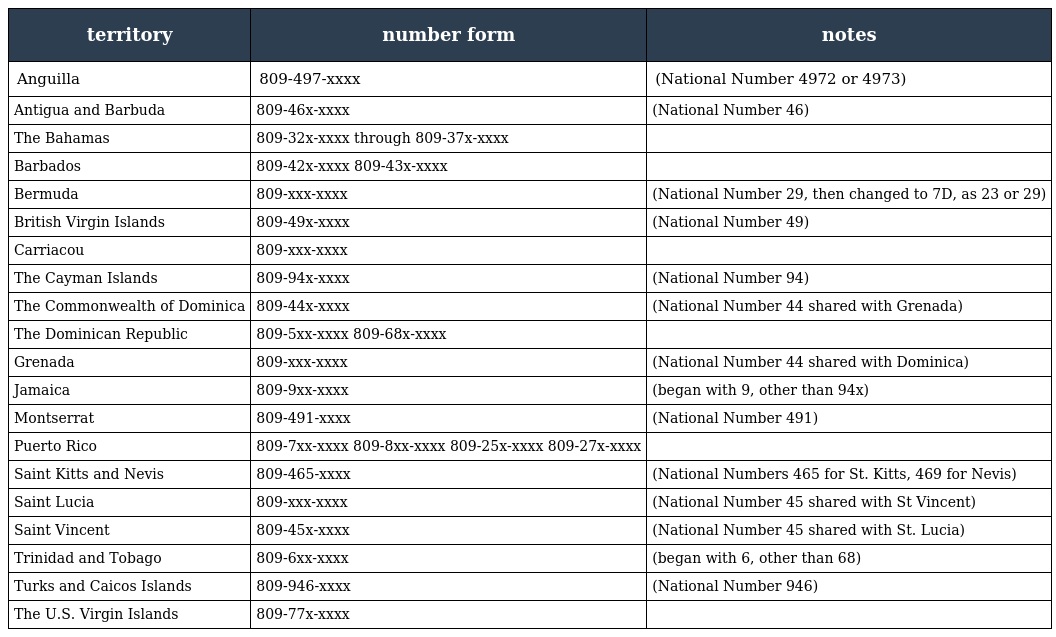
| territory | number form | notes |
 | --- | --- | --- |
 | Anguilla | 809-497-xxxx | (National Number 4972 or 4973) |
 | Antigua and Barbuda | 809-46x-xxxx | (National Number 46) |
 | The Bahamas | 809-32x-xxxx through 809-37x-xxxx |  |
 | Barbados | 809-42x-xxxx 809-43x-xxxx |  |
 | Bermuda | 809-xxx-xxxx | (National Number 29, then changed to 7D, as 23 or 29) |
 | British Virgin Islands | 809-49x-xxxx | (National Number 49) |
 | Carriacou | 809-xxx-xxxx |  |
 | The Cayman Islands | 809-94x-xxxx | (National Number 94) |
 | The Commonwealth of Dominica | 809-44x-xxxx | (National Number 44 shared with Grenada) |
 | The Dominican Republic | 809-5xx-xxxx 809-68x-xxxx |  |
 | Grenada | 809-xxx-xxxx | (National Number 44 shared with Dominica) |
 | Jamaica | 809-9xx-xxxx | (began with 9, other than 94x) |
 | Montserrat | 809-491-xxxx | (National Number 491) |
 | Puerto Rico | 809-7xx-xxxx 809-8xx-xxxx 809-25x-xxxx 809-27x-xxxx |  |
 | Saint Kitts and Nevis | 809-465-xxxx | (National Numbers 465 for St. Kitts, 469 for Nevis) |
 | Saint Lucia | 809-xxx-xxxx | (National Number 45 shared with St Vincent) |
 | Saint Vincent | 809-45x-xxxx | (National Number 45 shared with St. Lucia) |
 | Trinidad and Tobago | 809-6xx-xxxx | (began with 6, other than 68) |
 | Turks and Caicos Islands | 809-946-xxxx | (National Number 946) |
 | The U.S. Virgin Islands | 809-77x-xxxx |  |